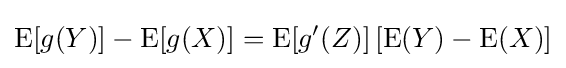
{\rm {E}}[g(Y)]-{\rm {E}}[g(X)]={\rm {E}}[g'(Z)]\,[{\rm {E}}(Y)-{\rm {E}}(X)]